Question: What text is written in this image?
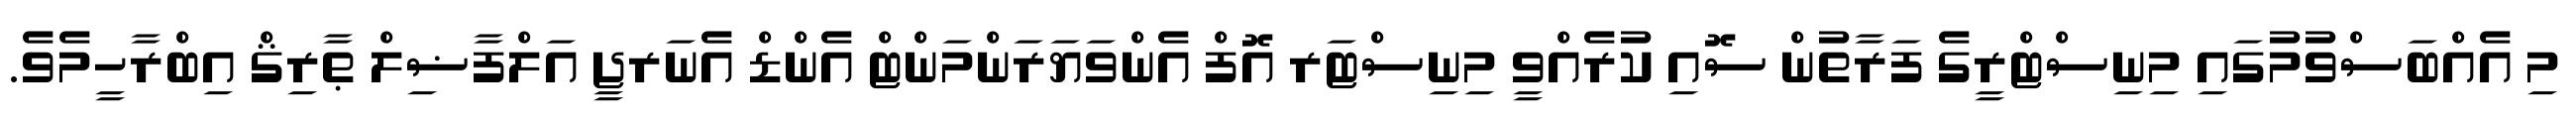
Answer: މި އެއްބަސްވުމުގައި މިނިސްޓްރީގެ ފަރާތުން ސޮއި ކުރެއްވީ މިނިސްޓަރ އޮފް އެންވަޔަރަންމަންޓް އެންޑް އެނަރޖީ އަލްފާޟިލް ޠާރިޤް އިބްރާހީމެވެ.